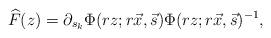
LaTeX: \begin{align*}\widehat{F}(z) = \partial_{s_{k}}\Phi(rz;r\vec{x},\vec{s}) \Phi(rz;r\vec{x},\vec{s})^{-1},\end{align*}